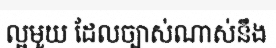
ល្អមួយ ដែលច្បាស់ណាស់នឹង